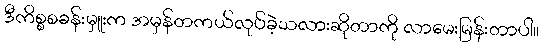
ဒီကိစ္စစခန်းမှူးက အမှန်တကယ်လုပ်ခဲ့သလားဆိုတာကို လာမေးမြန်းတာပါ။